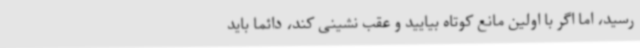
رسید، اما اگر با اولین مانع کوتاه بیایید و عقب نشینی کند، دائما باید